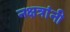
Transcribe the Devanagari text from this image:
नक्षत्रांनी